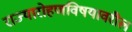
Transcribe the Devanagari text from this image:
राज्यारोहणविषयावरील